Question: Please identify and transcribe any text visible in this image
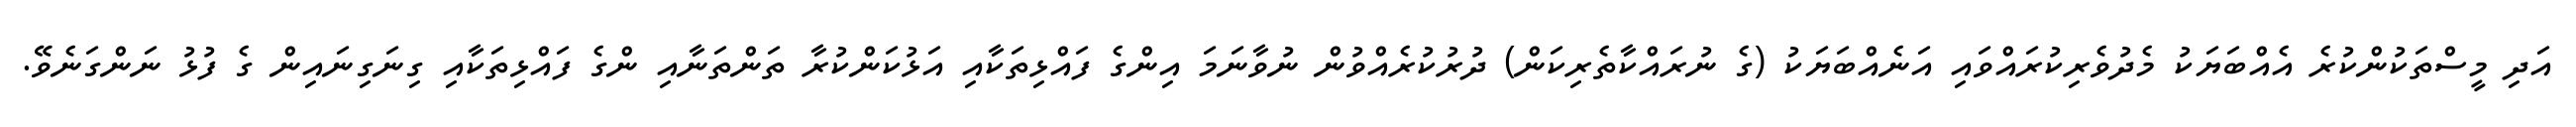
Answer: އަދި މީސްތަކުންކުރެ އެއްބަޔަކު މެދުވެރިކުރައްވައި އަނެއްބަޔަކު (ގެ ނުރައްކާތެރިކަން) ދުރުކުރެއްވުން ނުވާނަމަ އިންގެ ފައްޅިތަކާއި އަޅުކަންކުރާ ތަންތަނާއި ންގެ ފައްޅިތަކާއި ގިނަގިނައިން ގެ ފުޅު ނަންގަނެވޭ.